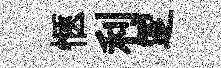
愜利覂